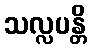
သလ္လပန္တိ